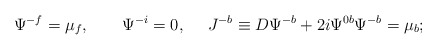
\begin{align*}\Psi^{-f}=\mu_f, \qquad \Psi^{-i}=0, ~~~~ J^{-b}\equiv D\Psi^{-b}+2i\Psi^{0b}\Psi^{-b}=\mu_b;\end{align*}